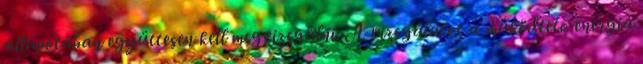
állapotában együttesen kell megvizsgálni. A vizsgálatot a mûködtetõ energia